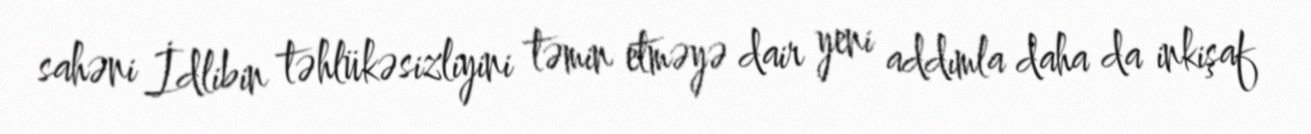
sahəni İdlibin təhlükəsizliyini təmin etməyə dair yeni addımla daha da inkişaf